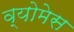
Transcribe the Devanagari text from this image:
व्योमेस